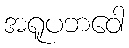
အရူပဘဝေါ